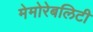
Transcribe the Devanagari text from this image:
मेमोरेबलिटी